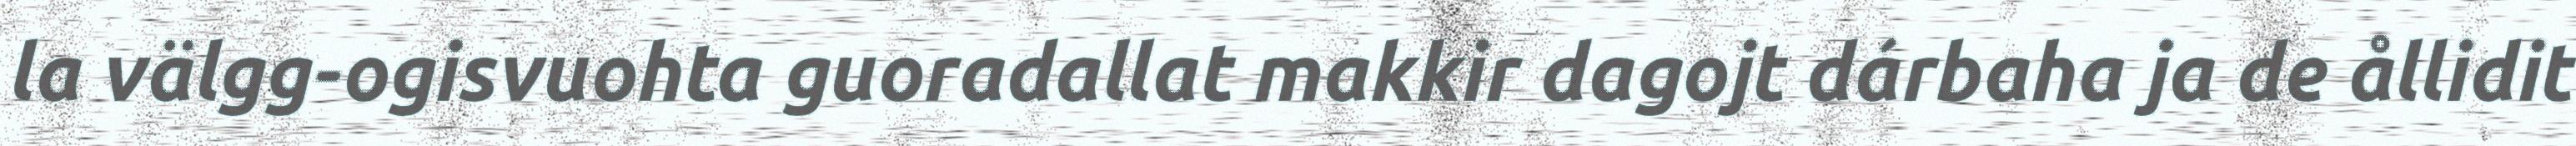
la välgg-ogisvuohta guoradallat makkir dagojt dárbaha ja de ållidit